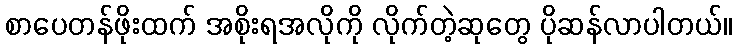
စာပေတန်ဖိုးထက် အစိုးရအလိုကို လိုက်တဲ့ဆုတွေ ပိုဆန်လာပါတယ်။